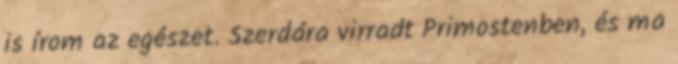
is írom az egészet. Szerdára virradt Primostenben, és ma